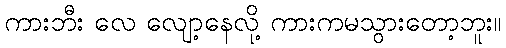
ကားဘီး လေ လျော့နေလို့ ကားကမသွားတော့ဘူး။